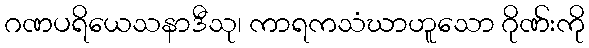
ဂဏပရိယေသနာဒီသု၊ ကာရကသံဃာဟူသော ဂိုဏ်းကို